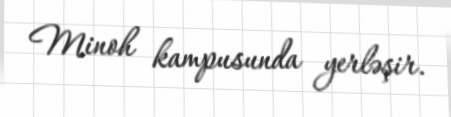
Minoh kampusunda yerləşir.